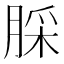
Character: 䐆